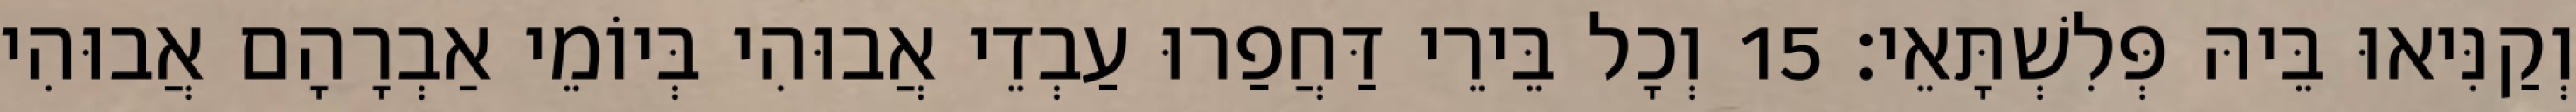
וְקַנִּיאוּ בֵּיהּ פְּלִשְׁתָּאֵי׃ 15 וְכָל בֵּירֵי דַּחֲפַרוּ עַבְדֵי אֲבוּהִי בְּיוֹמֵי אַבְרָהָם אֲבוּהִי